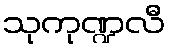
သုကုဏ္ဍလီ